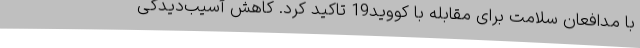
با مدافعان سلامت برای مقابله با کووید19 تاکید کرد. کاهش آسیب‌دیدگی